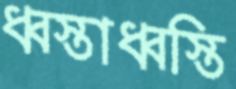
ধ্বস্তাধ্বস্তি